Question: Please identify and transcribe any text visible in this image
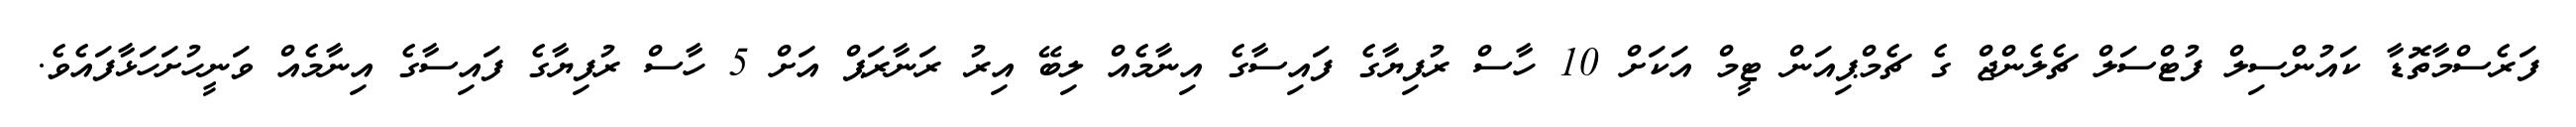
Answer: ފަރެސްމާތޮޑާ ކައުންސިލް ފުޓްސަލް ޗެލެންޖް ގެ ޗެމްޕިއަން ޓީމް އަކަށް 10 ހާސް ރުފިޔާގެ ފައިސާގެ އިނާމެއް ލިބޭ އިރު ރަނާރަޕް އަށް 5 ހާސް ރުފިޔާގެ ފައިސާގެ އިނާމެއް ވަނީހުށަހަޅާފައެވެ.